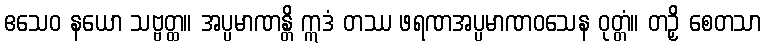
ဧသေဝ နယော သဗ္ဗတ္ထ။ အပ္ပမာဏန္တိ ဣဒံ တဿ ဖရဏအပ္ပမာဏဝသေန ဝုတ္တံ။ တဉှိ စေတသာ